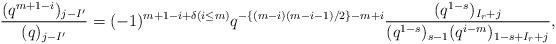
LaTeX: \begin{align*}\frac{(q^{m + 1 - i})_{j - I'}}{(q)_{j - I'}} = (-1)^{m + 1 - i + \delta(i \leq m)} q^{-\left\{(m - i) (m - i - 1) / 2\right\} - m + i} \frac{(q^{1 - s})_{I_{r} + j}}{(q^{1 - s})_{s - 1} (q^{i - m})_{1 - s + I_{r} + j}}, \end{align*}